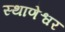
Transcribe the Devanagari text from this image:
स्थाणेश्वर